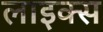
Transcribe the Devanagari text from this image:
लाइक्स